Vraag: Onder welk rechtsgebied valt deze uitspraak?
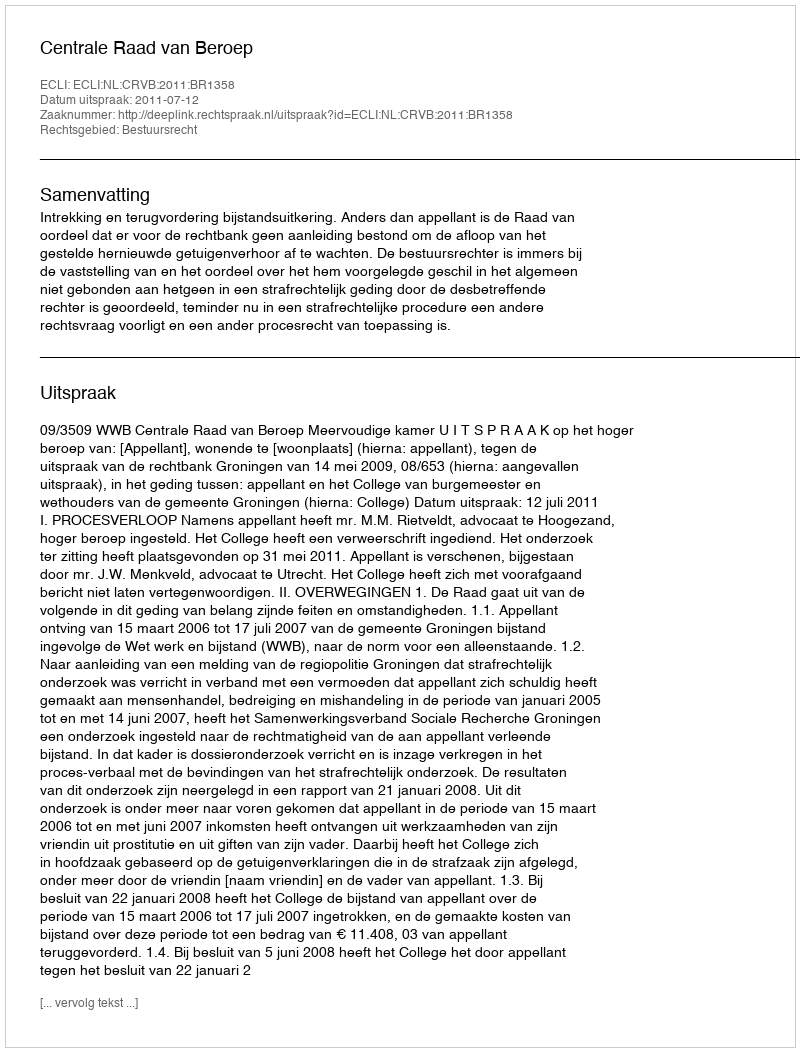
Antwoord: Bestuursrecht